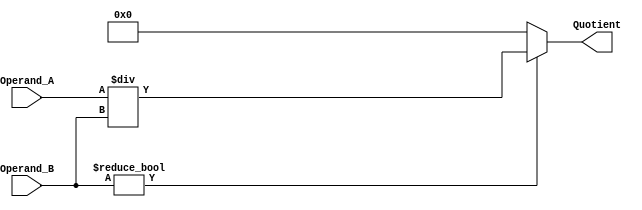
module Divider (
    input wire [7:0] Operand_A,
    input wire [7:0] Operand_B,
    output reg [7:0] Quotient
);

integer remainder;

always @* begin
    if (Operand_B != 0) begin
        Quotient = Operand_A / Operand_B;
        remainder = Operand_A % Operand_B;
    end else begin
        Quotient = 8'b0;  // Output 0 if divisor is 0
        remainder = 8'b0;
    end
end

endmodule